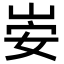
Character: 𫵻